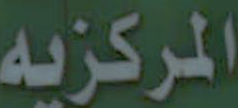
المركزيه